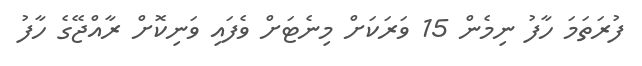
ފުރަތަމަ ހާފު ނިމެން 15 ވަރަކަށް މިނެޓަށް ވެފައި ވަނިކޮށް ރާއްޖޭގެ ހާފު